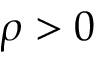
\rho > 0